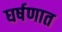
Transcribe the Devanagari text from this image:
घर्षणात